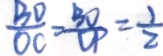
\frac { B O } { O C } = \frac { B O } { O P } = \frac { 1 } { 2 }